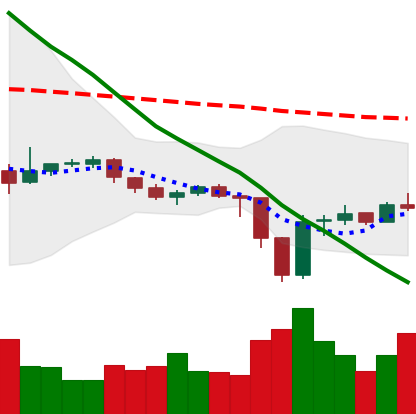
Ticker: EOS-USD
Chart end date: 2019-12-23
Forward return: 4.136%
Label: up_3_5